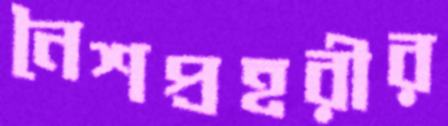
নৈশপ্রহরীর